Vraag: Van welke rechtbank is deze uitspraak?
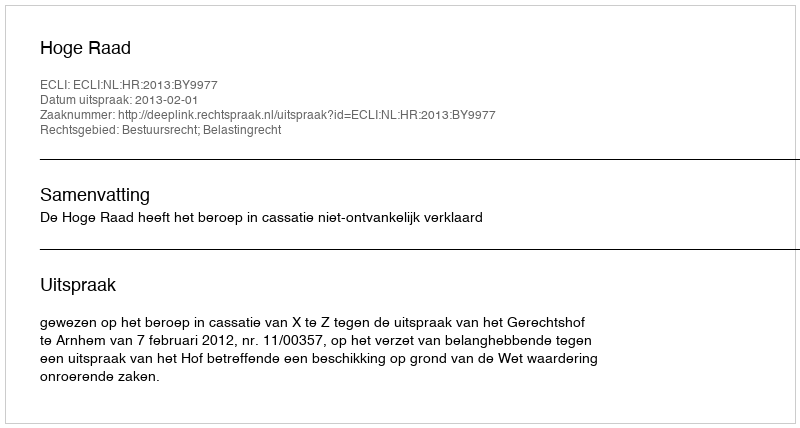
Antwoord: Hoge Raad